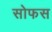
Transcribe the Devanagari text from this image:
सोफस